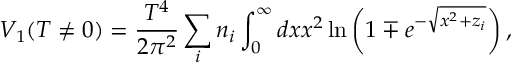
V _ { 1 } ( T \neq 0 ) = \frac { T ^ { 4 } } { 2 \pi ^ { 2 } } \sum _ { i } n _ { i } \int _ { 0 } ^ { \infty } d x x ^ { 2 } \ln \left( 1 \mp e ^ { - \sqrt { x ^ { 2 } + z _ { i } } } \right) ,